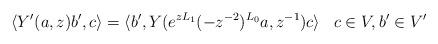
LaTeX: \begin{align*}\langle Y'(a,z) b', c\rangle = \langle b' ,Y (e^{zL_1}(-z^{-2})^{L_0}a,z^{-1})c \rangle \;\;\;c\in V, b'\in V' \end{align*}